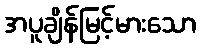
အပူချိန်မြင့်မားသော